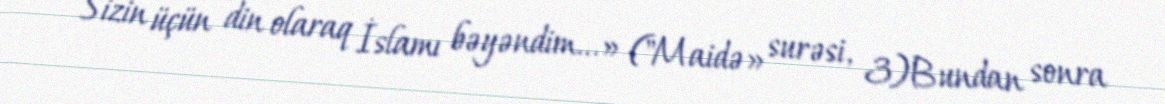
Sizin üçün din olaraq İslamı bəyəndim...» ("Maidə» surəsi, 3)Bundan sonra